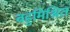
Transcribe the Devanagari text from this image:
बहुमिश्रित